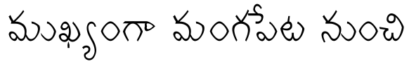
ముఖ్యంగా మంగపేట నుంచి